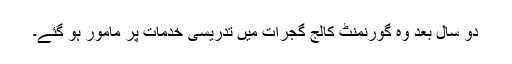
دو سال بعد وہ گورنمنٹ کالج گجرات میں تدریسی خدمات پر مامور ہو گئے۔